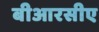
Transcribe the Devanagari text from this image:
बीआरसीए